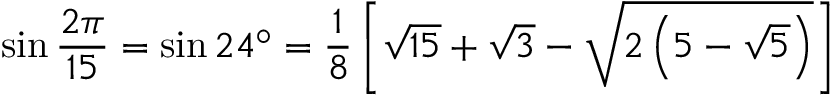
\sin { \frac { 2 \pi } { 1 5 } } = \sin 2 4 ^ { \circ } = { \frac { 1 } { 8 } } \left[ { \sqrt { 1 5 } } + { \sqrt { 3 } } - { \sqrt { 2 \left( 5 - { \sqrt { 5 } } \right) } } \right]